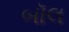
બૉલ